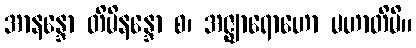
အာနန္ဒော တိမိနန္ဒော စ၊ အဇ္ဈာရောဟော မဟာတိမိ။